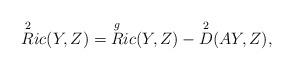
LaTeX: \begin{align*}\overset{2}{R}ic (Y,Z) = \overset{g}{R}ic(Y,Z) - \overset{2}{D} (AY,Z),\end{align*}